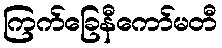
ကြက်ခြေနီကော်မတီ